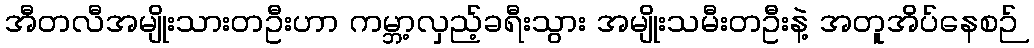
အီတလီအမျိုးသားတဦးဟာ ကမ္ဘာ့လှည့်ခရီးသွား အမျိုးသမီးတဦးနဲ့ အတူအိပ်နေစဉ်